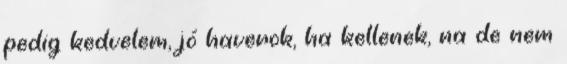
pedig kedvelem, jó haverok, ha kellenek, na de nem